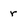
Character: r